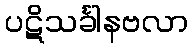
ပဋိသင်္ခါနဗလာ